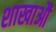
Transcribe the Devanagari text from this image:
शाखाऔं